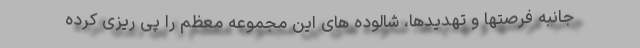
جانبه فرصتها و تهدیدها، شالوده های این مجموعه معظم را پی ریزی کرده